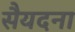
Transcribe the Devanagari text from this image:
सैयदना